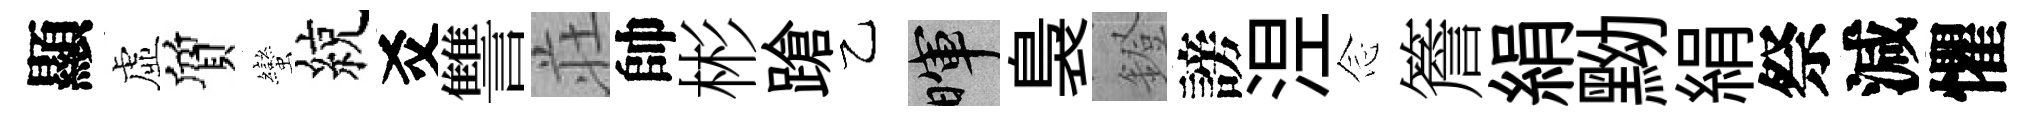
顯虛質蠻綂爻讐荘帥彬蹌乙暉裊鐙謗𣵀𫝹簷絹黝絹祭減懼